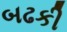
બઢકી